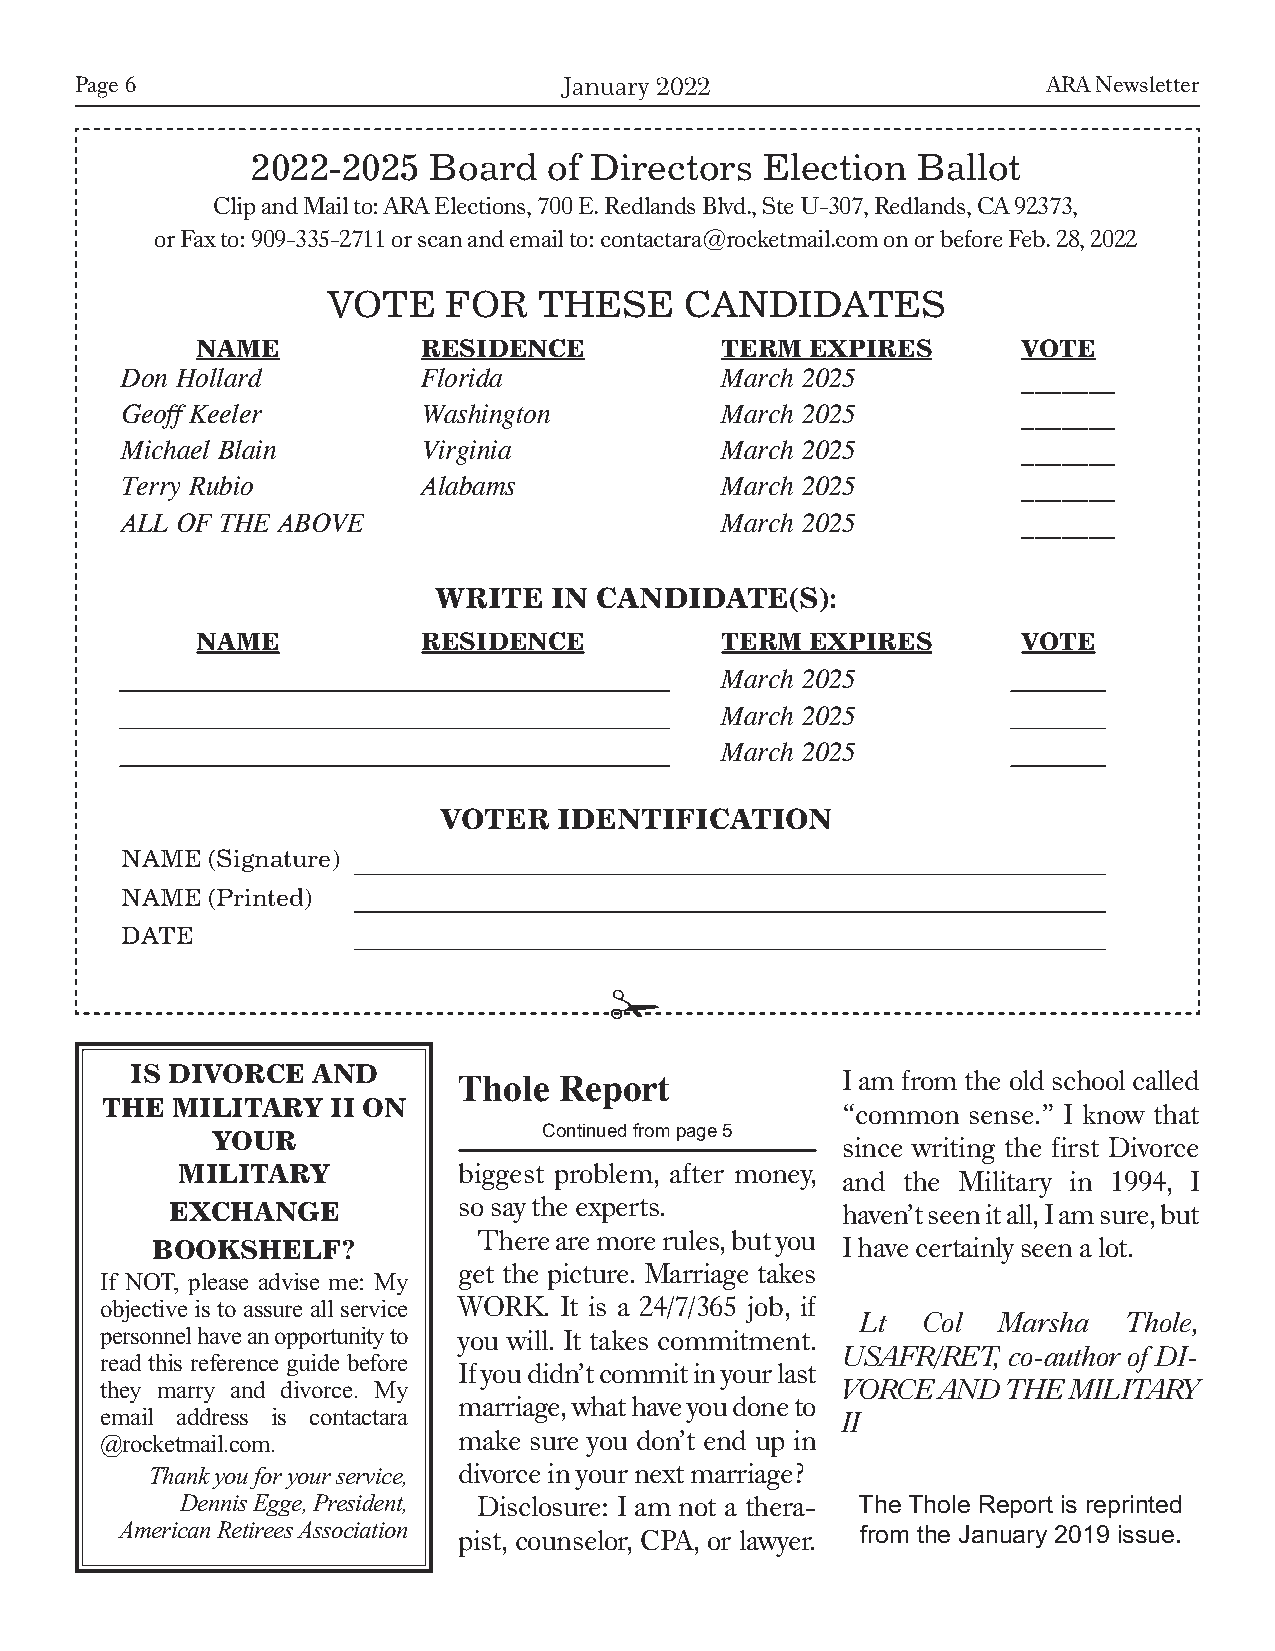
Page 6                          January 2022                    ARA Newsletter
 2022-2025  Board   of Directors  Election   Ballot
 Clip and Mail to: ARA Elections, 700 E. Redlands Blvd., Ste U-307, Redlands, CA 92373,
 or Fax to: 909-335-2711 or scan and email to: contactara@rocketmail.com on or before Feb. 28, 2022
 VOTE   FOR    THESE    CANDIDATES
 NAME           RESIDENCE           TERM  EXPIRES       VOTE
 Don Hollard         Florida             March 2025          _______
 Geoff Keeler        Washington          March 2025          _______
 Michael Blain       Virginia            March 2025          _______
 Terry Rubio         Alabams             March 2025          _______
 ALL OF THE ABOVE                        March 2025          _______
 WRITE  IN CANDIDATE(S):
 NAME           RESIDENCE           TERM  EXPIRES       VOTE
 March 2025
 March 2025
 March 2025
 VOTER   IDENTIFICATION
 NAME  (Signature)
 NAME  (Printed)
 DATE
 !
 IS DIVORCE  AND
 Thole  Report             I am from the old school called
 THE MILITARY   II ON
 “common sense.” I know that
 YOUR                  Continued from page 5
 since writing the first Divorce
 MILITARY          biggest problem, after money,
 and the Military in 1994, I
 EXCHANGE           so say the experts.       haven’t seen it all, I am sure, but
 There are more rules, but you
 BOOKSHELF?                                    I have certainly seen a lot.
 get the picture. Marriage takes
 If NOT, please advise me: My
 objective is to assure all service WORK. It is a 24/7/365 job, if
 Lt  Col  Marsha   Thole,
 personnel have an opportunity to you will. It takes commitment.
 USAFR/RET, co-author of DI-
 read this reference guide before
 If you didn’t commit in your last
 they marry and divorce. My                       VORCE AND  THE MILITARY
 marriage, what have you done to
 email address is contactara                      II
 make sure you don’t end up in
 @rocketmail.com.
 Thank you for your service, divorce in your next marriage?
 Dennis Egge, President, Disclosure: I am not a thera- The Thole Report is reprinted
 American Retirees Association
 pist, counselor, CPA, or lawyer. from the January 2019 issue.